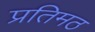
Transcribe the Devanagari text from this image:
प्रतिमठ